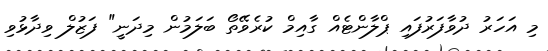
މި އަހަރު ދުވާފަރުފައި ޕްލާންޓެއް ގާއިމް ކުރެވޭތޯ ބަލަމުން މިދަނީ" ފަޒުލް ވިދާޅުވި